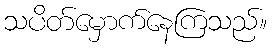
သပိတ်မှောက်နေကြသည်။